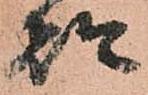
都